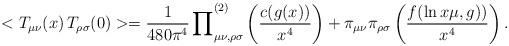
LaTeX: \begin{align*}<T_{\mu \nu }(x)\,T_{\rho \sigma }(0)>={\frac{1}{480\pi ^{4}}\prod }_{\mu\nu ,\rho \sigma }^{(2)}\left( {\frac{c(g(x))}{x^{4}}}\right) +\pi _{\mu \nu}\pi _{\rho \sigma }\left( {\frac{f(\ln x\mu ,g))}{x^{4}}}\right) .\end{align*}